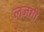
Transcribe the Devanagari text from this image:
लज़गी